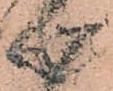
心